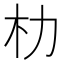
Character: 朸